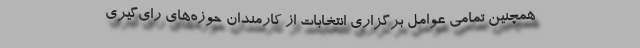
همچنین تمامی عوامل برگزاری انتخابات از کارمندان حوزه‌های رای‌گیری